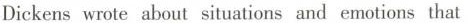
Dickens wrote about situations and emotions that